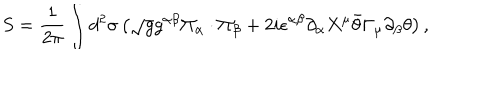
LaTeX: S = \frac { 1 } { 2 \pi } \int d ^ { 2 } \sigma \left( \sqrt { g } g ^ { \alpha \beta } \Pi _ { \alpha } \cdot \Pi _ { \beta } + 2 i \epsilon ^ { \alpha \beta } \partial _ { \alpha } X ^ { \mu } \bar { \theta } \Gamma _ { \mu } \partial _ { \beta } \theta \right) ,